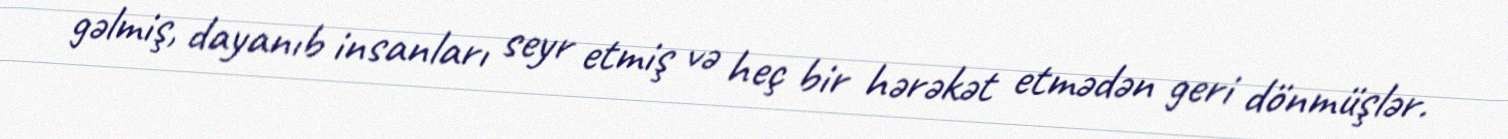
gəlmiş, dayanıb insanları seyr etmiş və heç bir hərəkət etmədən geri dönmüşlər.